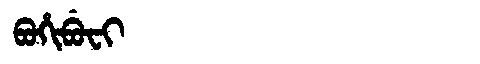
Manchu: ᠪᠣᡥᡳᠪᡠᠸᡳ
Romanization: BOHIBUFI